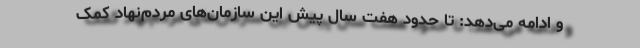
و ادامه می‌دهد:‌ تا حدود هفت سال پیش‌ این سازمان‌های مردم‌نهاد کمک